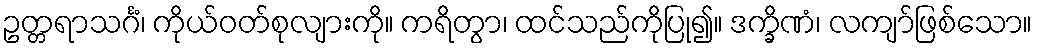
ဥတ္တရာသင်္ဂံ၊ ကိုယ်ဝတ်စုလျားကို။ ကရိတွာ၊ ထင်သည်ကိုပြု၍။ ဒက္ခိဏံ၊ လကျာ်ဖြစ်သော။